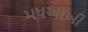
મધઆખી